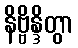
နိဗ္ဗိန္ဒိတွာ